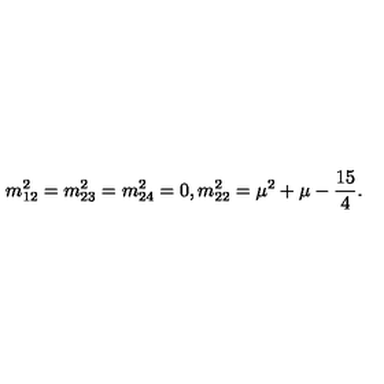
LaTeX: m _ { 1 2 } ^ { 2 } = m _ { 2 3 } ^ { 2 } = m _ { 2 4 } ^ { 2 } = 0 , m _ { 2 2 } ^ { 2 } = \mu ^ { 2 } + \mu - \frac { 1 5 } { 4 } .